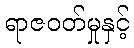
ရာဇဝတ်မှုနှင့်